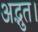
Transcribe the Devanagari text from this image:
अद्भुत।